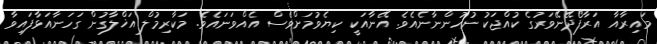
މައިރާއާ އަރާފޯދޭނޭވަރުގެ ކުއްޖަކު ނުހުންނާނެއެވެ. އޭނާއަކީ ކިޔެވުމަށްވެސް އެއްވަނައެވެ. މަކާރިމުލް އަޚްލާގުން ގަހަނާއަޅާފައިވާ